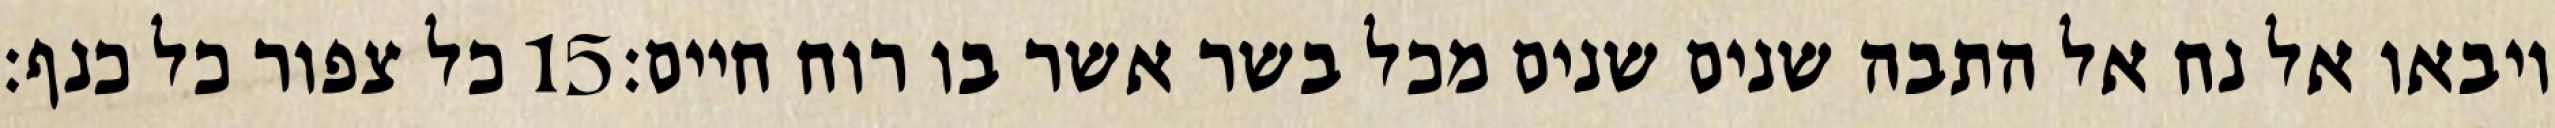
כל צפור כל כנף׃ ‎15‏ ויבאו אל נח אל התבה שנים שנים מכל בשר אשר בו רוח חיים׃